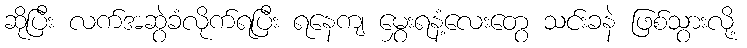
ဆိုပြီး လက်အဆွဲခံလိုက်ရပြီး ရနေကျ မွှေးရနံ့လေးတွေ သင်းခနဲ ဖြစ်သွားလို့